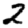
Digit: 2